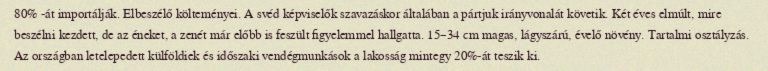
80% -át importálják. Elbeszélő költeményei. A svéd képviselők szavazáskor általában a pártjuk irányvonalát követik. Két éves elmúlt, mire beszélni kezdett, de az éneket, a zenét már előbb is feszült figyelemmel hallgatta. 15–34 cm magas, lágyszárú, évelő növény. Tartalmi osztályzás. Az országban letelepedett külföldiek és időszaki vendégmunkások a lakosság mintegy 20%-át teszik ki.